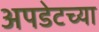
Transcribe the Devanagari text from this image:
अपडेटच्या